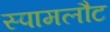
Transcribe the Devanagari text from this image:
स्पामलौट